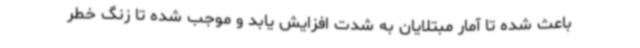
باعث شده تا آمار مبتلایان به شدت افزایش یابد و موجب شده تا زنگ خطر